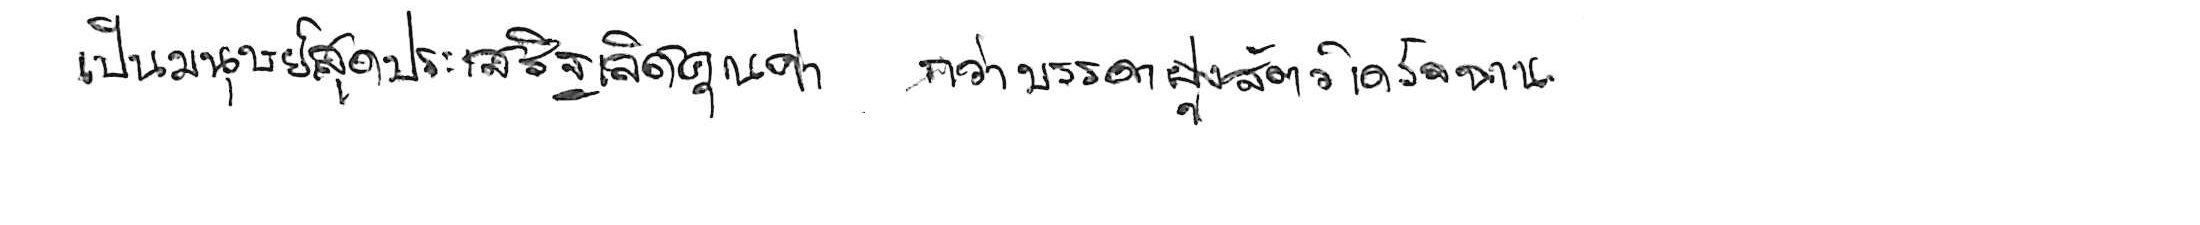
เป็นมนุษย์สุดประเสริฐเลิศคุณค่า กว่าบรรดาฝูงสัตว์เดรัจฉาน